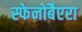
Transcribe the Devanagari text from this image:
स्फेनोबैएरा